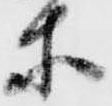
等